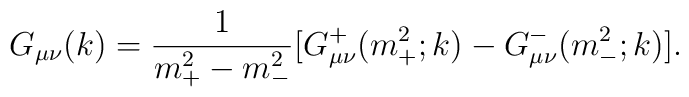
G_{\mu \nu}(k)={1 \over m^2 _+ - m^2 _-}[G_{\mu \nu}^{+}(m^2 _+;k)-G_{\mu \nu}^{-}(m^2 _- ;k)].